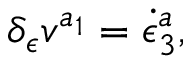
\delta _ { \epsilon } v ^ { a _ { 1 } } = \dot { \epsilon } _ { 3 } ^ { a } ,